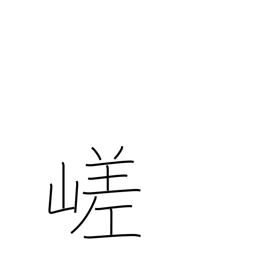
Meaning: craggy